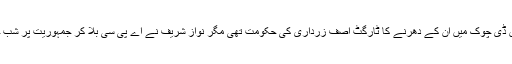
پرویز رشید نے مزید کہا کہ 2012ء میں ڈی چوک میں ان کے دھرنے کا ٹارگٹ آصف زرداری کی حکومت تھی مگر نواز شریف نے اے پی سی بلا کر جمہوریت پر شب خون مارنے کے عمل کو ناکام بنا دیا تھا۔